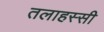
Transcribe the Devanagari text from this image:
तलाहस्सी